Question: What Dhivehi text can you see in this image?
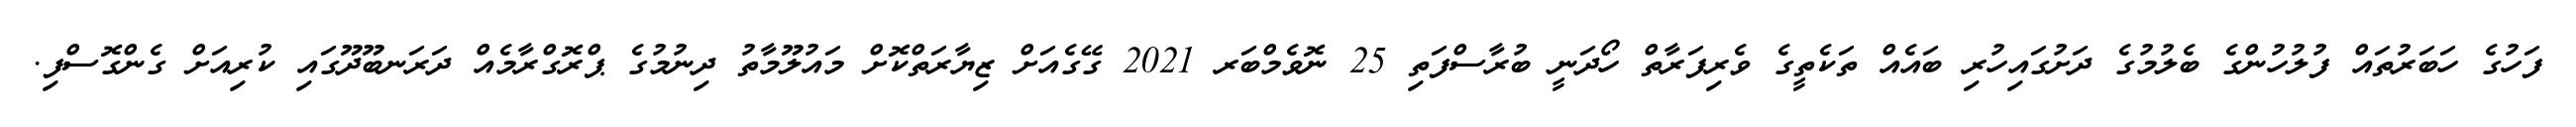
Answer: ފަހުގެ ހަބަރުތައް ފުލުހުންގެ ބެލުމުގެ ދަށުގައިހުރި ބައެއް ތަކެތީގެ ވެރިފަރާތް ހޯދަނީ ބުރާސްފަތި 25 ނޮވެމްބަރ 2021 ގޭގެއަށް ޒިޔާރަތްކޮށް މައުލޫމާތު ދިނުމުގެ ޕްރޮގްރާމެއް ދަރަނބޫދޫގައި ކުރިއަށް ގެންގޮސްފި.